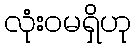
လုံးဝမရှိဟု